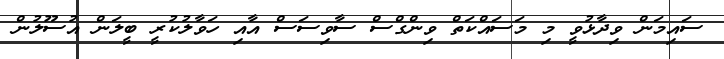
ސައިމަން ވިދާޅުވީ މި މަސައްކަތް ވިންގްސް ސާވިސަސް އާއި ހަވާލުކުރީ ބީލަން އުސޫލުން